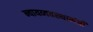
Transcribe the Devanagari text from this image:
न्यायव्यवस्थामंत्री